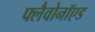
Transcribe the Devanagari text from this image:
फ्लैवोनॉएड